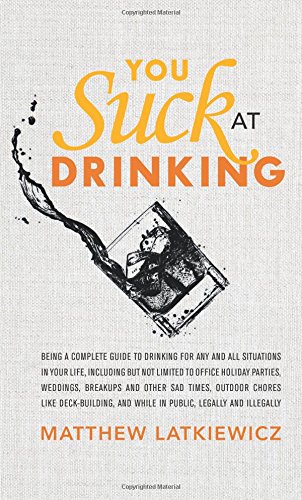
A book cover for You Suck at Drinking; Matthew Latkiewicz; Humor & Entertainment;